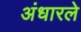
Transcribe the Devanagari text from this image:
अंधारले